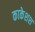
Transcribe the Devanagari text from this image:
काकेशश